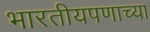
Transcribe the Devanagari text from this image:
भारतीयपणाच्या